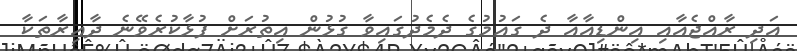
އަދި ރާއްޖެއާއި އިންޑިއާއާ ދެ ގައުމުގެ ދެމެދުގައިވާ ގުޅުން އިތުރަށް ފުޅާކުރެވޭނެ ދާއިރާތަކާ